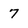
Character: 7